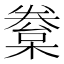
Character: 𣙂